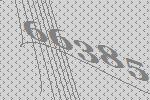
66385